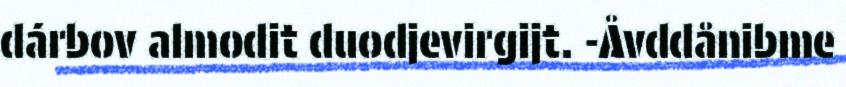
dárbov almodit duodjevirgijt. -Åvddånibme